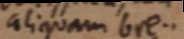
aliquam bre-